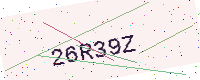
Text: 26R39Z